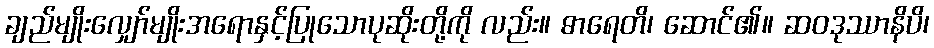
ချည်မျိုးလျှော်မျိုးအရောနှင့်ပြုသောပုဆိုးတို့ကို လည်း။ ဓာရေတိ၊ ဆောင်၏။ ဆဝဒုဿာနိပိ၊